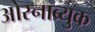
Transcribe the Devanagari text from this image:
ओस्नाब्र्युक